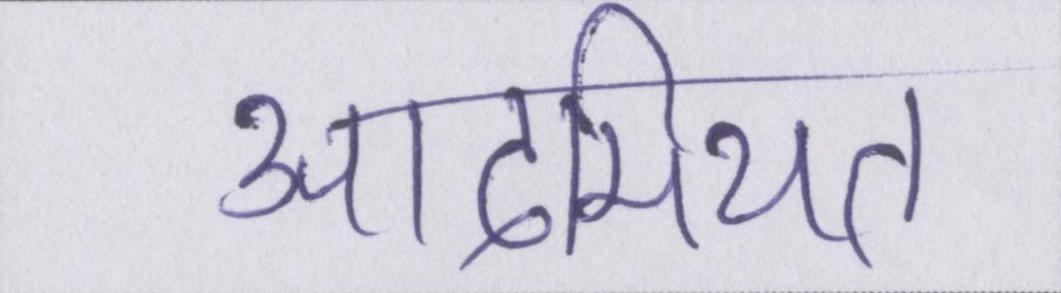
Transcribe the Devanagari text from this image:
आदमियत